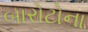
બારોટોના